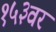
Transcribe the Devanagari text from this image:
१५३वर